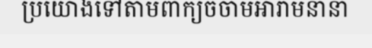
ប្រយោងទៅតាមពាក្យចចាមអារាមនានា